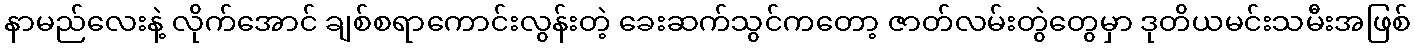
နာမည်လေးနဲ့ လိုက်အောင် ချစ်စရာကောင်းလွန်းတဲ့ ခေးဆက်သွင်ကတော့ ဇာတ်လမ်းတွဲတွေမှာ ဒုတိယမင်းသမီးအဖြစ်